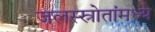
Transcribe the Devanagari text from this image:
जलस्स्रोतांमध्ये